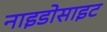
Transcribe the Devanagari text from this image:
नाइडोसाइट